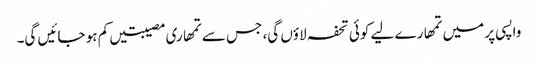
واپسی پر میں تمھارے لیے کوئی تحفہ لاؤں گی، جس سے تمھاری مصیبتیں کم ہو جائیں گی۔